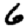
Digit: 6